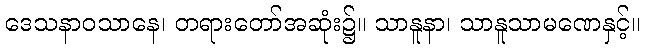
ဒေသနာဝသာနေ၊ တရားတော်အဆုံး၌။ သာနူနာ၊ သာနူသာမဏေနှင့်။